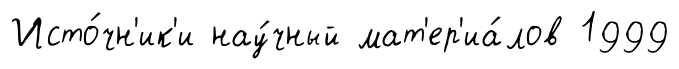
Исто́чн'ик'и нау́чный мат'ер'иа́лов 1999